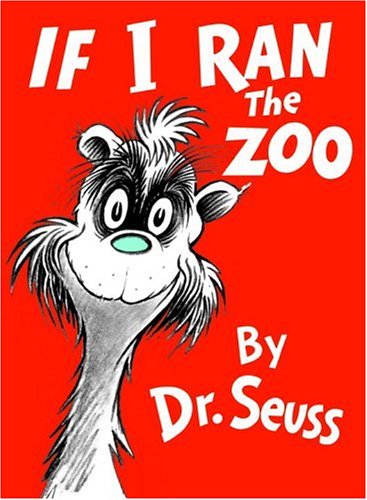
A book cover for If I Ran the Zoo (Classic Seuss); Dr. Seuss; Literature & Fiction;